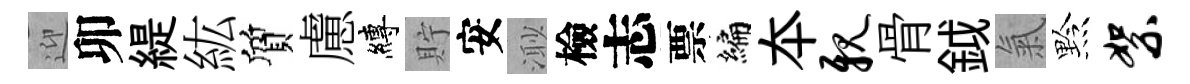
迎卯緹紘質慮縛貯安𣺌檢志票编夲亲骨鉞氣黔絮